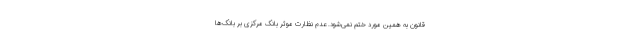
قانون به همین مورد ختم نمی‌شود. عدم نظارت موثر بانک مرکزی بر بانک‌ها